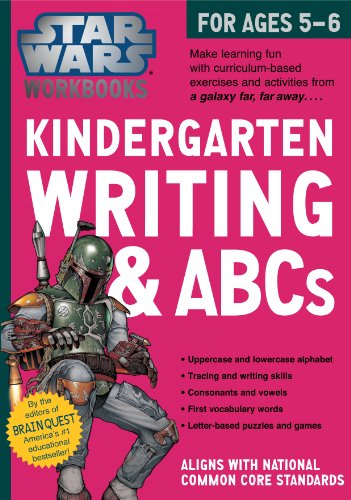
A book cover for Star Wars Workbook: Kindergarten Writing and ABCs (Star Wars Workbooks); Workman Publishing; Children's Books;